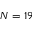
N = 1 9